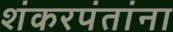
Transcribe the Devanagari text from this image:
शंकरपंतांना